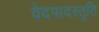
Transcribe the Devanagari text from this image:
वेदपादस्तुति